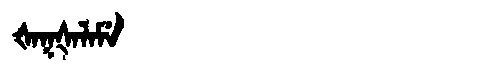
Manchu: ᡧᠠᡴᡧᠠᠯᠠᠮᡝ
Romanization: ŠAKŠALAME